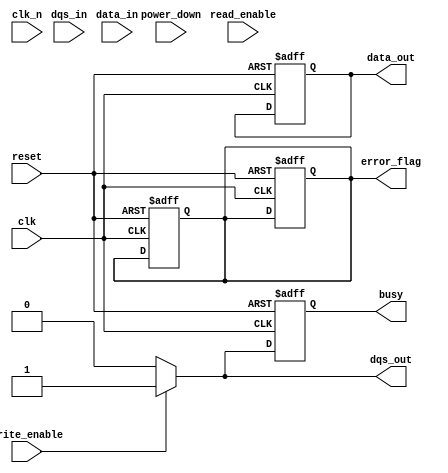
module gddr_io_block #(
    parameter DATA_WIDTH = 32, // Configurable data bus width (16, 32, or 64 bits)
    parameter CLK_FREQ = 100,   // Clock frequency in MHz
    parameter USE_DIFF_CLK = 1   // Use differential clock if set to 1
)(
    input wire clk,              // Single-ended clock input
    input wire clk_n,            // Differential clock input (inverted)
    input wire [DATA_WIDTH-1:0] data_in, // Data input from internal bus
    output wire [DATA_WIDTH-1:0] data_out, // Data output to internal bus
    input wire dqs_in,           // Data Strobe input for read operations
    output wire dqs_out,         // Data Strobe output for write operations
    input wire write_enable,      // Write enable signal
    input wire read_enable,       // Read enable signal
    output wire busy,            // Busy status signal
    output wire error_flag,      // Error flag signal
    input wire reset,            // Reset signal
    input wire power_down        // Power down signal
);

    // Internal signals
    reg [DATA_WIDTH-1:0] tx_data;
    reg [DATA_WIDTH-1:0] rx_data;
    reg busy_reg;
    reg error_reg;

    // Transmitter (TX) block
    always @(posedge clk or posedge reset) begin
        if (reset) begin
            tx_data <= 0;
            busy_reg <= 0;
            error_reg <= 0;
        end else if (write_enable) begin
            tx_data <= data_in; // Capture data for transmission
            busy_reg <= 1; // Set busy flag
            // Implement data encoding here (e.g., 8b/10b)
            // Check for errors and set error_reg if needed
        end else begin
            busy_reg <= 0; // Clear busy flag
        end
    end

    // Receiver (RX) block
    always @(posedge clk or posedge reset) begin
        if (reset) begin
            rx_data <= 0;
            error_reg <= 0;
        end else if (read_enable) begin
            // Capture incoming data
            rx_data <= data_out; // Assume data_out is driven by external memory
            // Implement synchronization and alignment here
            // Check for errors and set error_reg if needed
        end
    end

    // Clock Management
    // This block would include PLL/CDR implementation for clock synchronization
    // For simplicity, we are not implementing this in detail

    // Control Logic
    assign busy = busy_reg;
    assign error_flag = error_reg;

    // Data Strobe Control
    assign dqs_out = write_enable ? 1'b1 : 1'b0; // Simple DQS output logic

    // Output data from RX
    assign data_out = rx_data;

endmodule